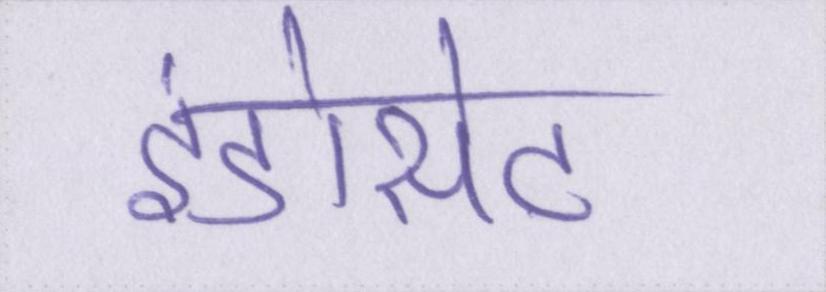
इंडोसेट